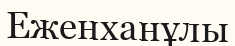
Еженханұлы